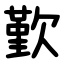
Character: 歏